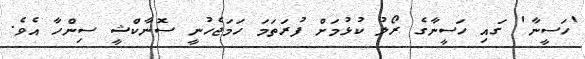
'ހަސީނާ' ގައި ހަސީނާގެ ރޯލު ކުޅުމަށް ފުރަތަމަ ހަމަޖެހުނީ ސޮނާކްޝީ ސިންހާ އެވެ.